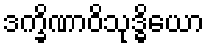
ဒက္ခိဏာဝိသုဒ္ဓိယော